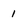
Character: 1